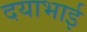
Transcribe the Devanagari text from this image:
दयाभाई